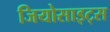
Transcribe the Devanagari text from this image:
जियोसाइट्स